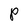
Character: P